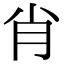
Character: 肖